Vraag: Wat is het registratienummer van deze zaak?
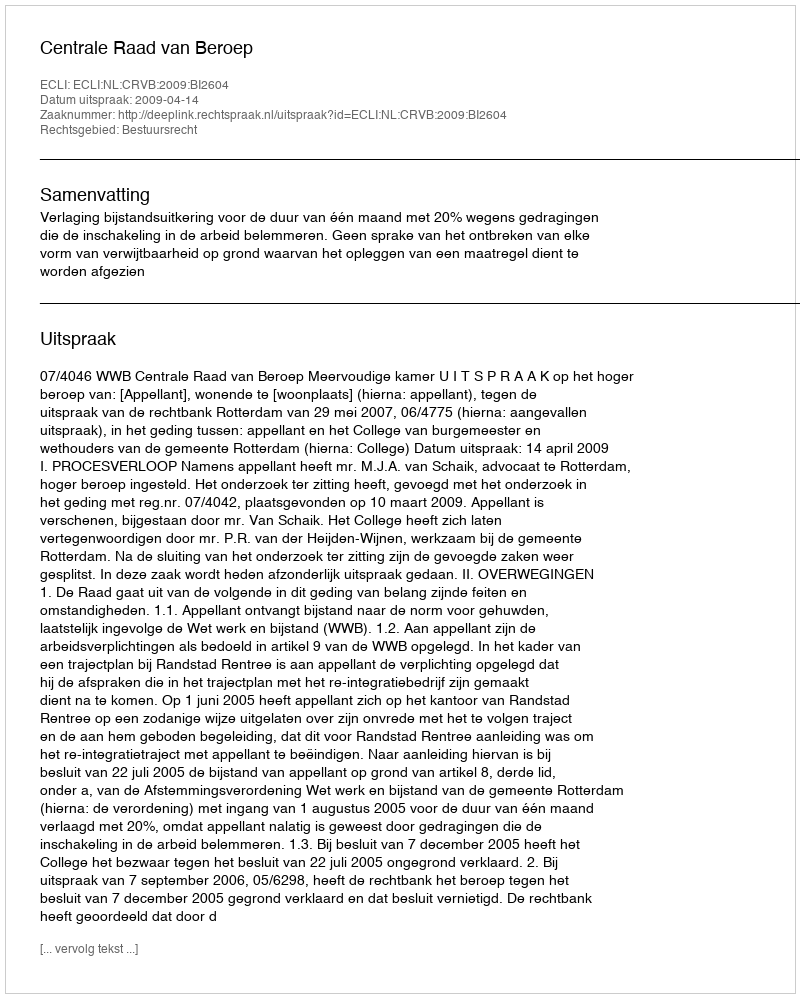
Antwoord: http://deeplink.rechtspraak.nl/uitspraak?id=ECLI:NL:CRVB:2009:BI2604